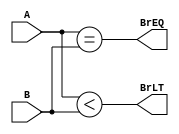
// This program was cloned from: https://github.com/MihVuongNguyen/RISC-V
// License: Apache License 2.0

module branch_comparator (
    input signed [31:0] A, B,
    output BrEQ, BrLT
);
    
assign BrEQ = (A == B);
assign BrLT = (A < B);
endmodule